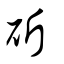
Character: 斫